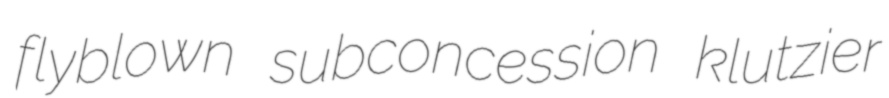
flyblown subconcession klutzier